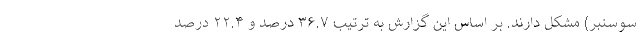
سوسنبر) مشکل دارند. بر اساس این گزارش به ترتیب ۳۶.۷ درصد و ۲۲.۴ درصد